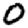
Digit: 0